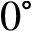
0 ^ { \circ }